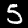
Digit: 5